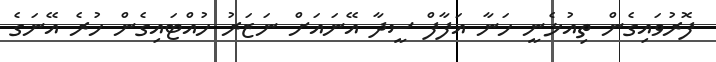
ފޮރުވައިގެން ތިއުޅެނީ ހަނާ އަފާފް ސީދާ އޭނައަށް ނަޒަރު ހުއްޓައިގެން ހުރެ އޭނަގެ